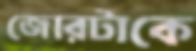
জোরটাকে